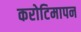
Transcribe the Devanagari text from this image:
करोटिमापन